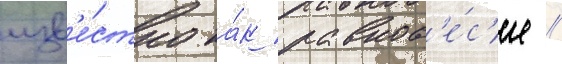
изв'е́стно ка́к равнов'е́с'ие //